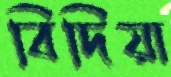
বিদিয়া